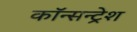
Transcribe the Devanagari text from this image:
कॉन्सन्ट्रेश